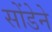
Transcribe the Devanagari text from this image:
सोंडेने